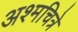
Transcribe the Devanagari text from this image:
अश्मचित्रे